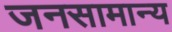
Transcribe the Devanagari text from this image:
जनसामान्‍य